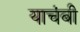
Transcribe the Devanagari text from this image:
याचंबी